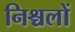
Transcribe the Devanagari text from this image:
निश्चलों